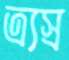
ত্র্যস্র